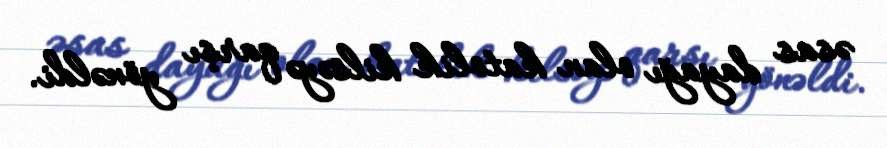
əsas dayağı olan katolik kilsəyə qarşı yönəldi.